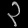
Digit: ၃